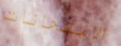
الامتحانات